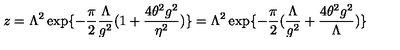
z = \Lambda ^ { 2 } \exp \{ - \frac { \pi } { 2 } \frac { \Lambda } { g ^ { 2 } } ( 1 + \frac { 4 \theta ^ { 2 } g ^ { 2 } } { \eta ^ { 2 } } ) \} = \Lambda ^ { 2 } \exp \{ - \frac { \pi } { 2 } ( \frac { \Lambda } { g ^ { 2 } } + \frac { 4 \theta ^ { 2 } g ^ { 2 } } { \Lambda } ) \}